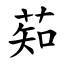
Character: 䓡